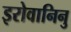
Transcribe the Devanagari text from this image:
इरोवानिनु